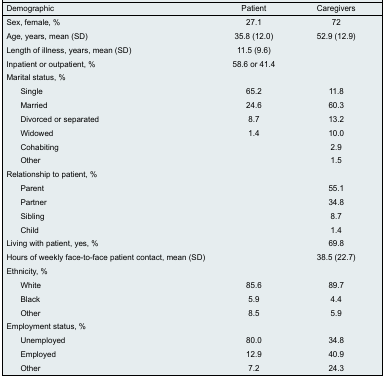
<table><thead><tr><td><b>Demographic</b></td><td><b>Patient</b></td><td><b>Caregivers</b></td></tr></thead><tbody><tr><td>Sex, female, %</td><td>27.1</td><td>72</td></tr><tr><td>Age, years, mean (SD)</td><td>35.8 (12.0)</td><td>52.9 (12.9)</td></tr><tr><td>Length of illness, years, mean (SD)</td><td>11.5 (9.6)</td><td></td></tr><tr><td>Inpatient or outpatient, %</td><td>58.6 or 41.4</td><td></td></tr><tr><td>Marital status, %</td><td></td><td></td></tr><tr><td>Single</td><td>65.2</td><td>11.8</td></tr><tr><td>Married</td><td>24.6</td><td>60.3</td></tr><tr><td>Divorced or separated</td><td>8.7</td><td>13.2</td></tr><tr><td>Widowed</td><td>1.4</td><td>10.0</td></tr><tr><td>Cohabiting</td><td></td><td>2.9</td></tr><tr><td>Other</td><td></td><td>1.5</td></tr><tr><td>Relationship to patient, %</td><td></td><td></td></tr><tr><td>Parent</td><td></td><td>55.1</td></tr><tr><td>Partner</td><td></td><td>34.8</td></tr><tr><td>Sibling</td><td></td><td>8.7</td></tr><tr><td>Child</td><td></td><td>1.4</td></tr><tr><td>Living with patient, yes, %</td><td></td><td>69.8</td></tr><tr><td>Hours of weekly face-to-face patient contact, mean (SD)</td><td></td><td>38.5 (22.7)</td></tr><tr><td>Ethnicity, %</td><td></td><td></td></tr><tr><td>White</td><td>85.6</td><td>89.7</td></tr><tr><td>Black</td><td>5.9</td><td>4.4</td></tr><tr><td>Other</td><td>8.5</td><td>5.9</td></tr><tr><td>Employment status, %</td><td></td><td></td></tr><tr><td>Unemployed</td><td>80.0</td><td>34.8</td></tr><tr><td>Employed</td><td>12.9</td><td>40.9</td></tr><tr><td>Other</td><td>7.2</td><td>24.3</td></tr></tbody></table>